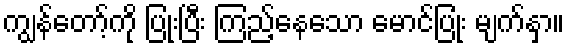
ကျွန်တော့်ကို ပြုံးပြီး ကြည့်နေသော မောင်ပြုံး မျက်နှာ။